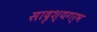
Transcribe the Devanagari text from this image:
सादृश्यगर्भ